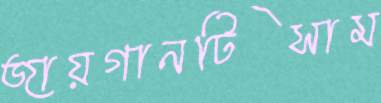
জায়গানটিসাম